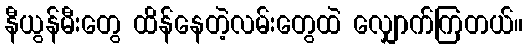
နီယွန်မီးတွေ ထိန်နေတဲ့လမ်းတွေထဲ လျှောက်ကြတယ်။